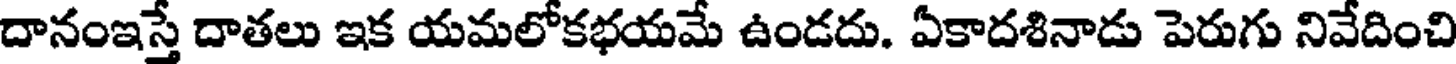
దానంఇస్తే దాతలు ఇక యమలోకభయమే ఉండదు. ఏకాదశినాడు పెరుగు నివేదించి